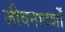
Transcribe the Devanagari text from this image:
जीवनादर्शों